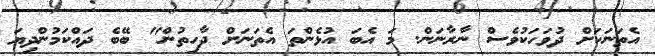
އެތަނަކަށް ދުވަހަކުވެސް ނާރާނަން. މަ އެބަ އުޅެންތަ އެތަނަށް ދާހިތުން" ބޭބެ ދައްކަމުންދިޔަ